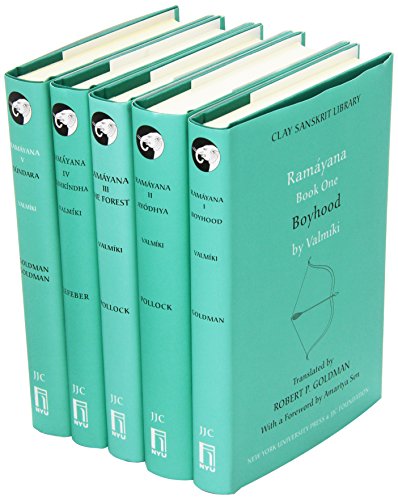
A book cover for The Clay Sanskrit Library: Ramayana: 5-volume Set; Clay Sanskrit Library; Gay & Lesbian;